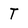
Character: t